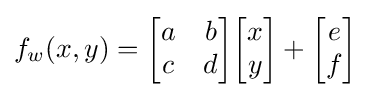
f_{w}(x,y)={\begin{bmatrix}a&b\\c&d\end{bmatrix}}{\begin{bmatrix}x\\y\end{bmatrix}}+{\begin{bmatrix}e\\f\end{bmatrix}}